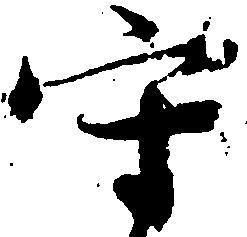
守